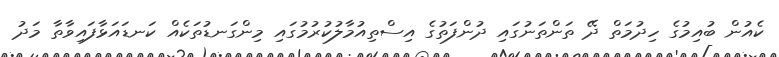
ކެއުން ބުއިމުގެ ހިދުމަތް ދޭ ތަންތަނުގައި ދުންފަތުގެ އިސްތިއުމާލުކުރުމުގައި މިންގަނޑުތަކެއް ކަނޑައަޅާފައިވާތާ މަދު